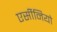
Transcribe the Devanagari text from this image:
एर्सीनियो